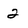
Character: 2